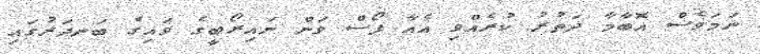
ނަމަވެސް އޮބާމާ ދަތުރު ކުރެއްވި އެއާ ފޯސް ވަން ނައިރޯބީގެ ވައިގެ ބަނދަރުގައި